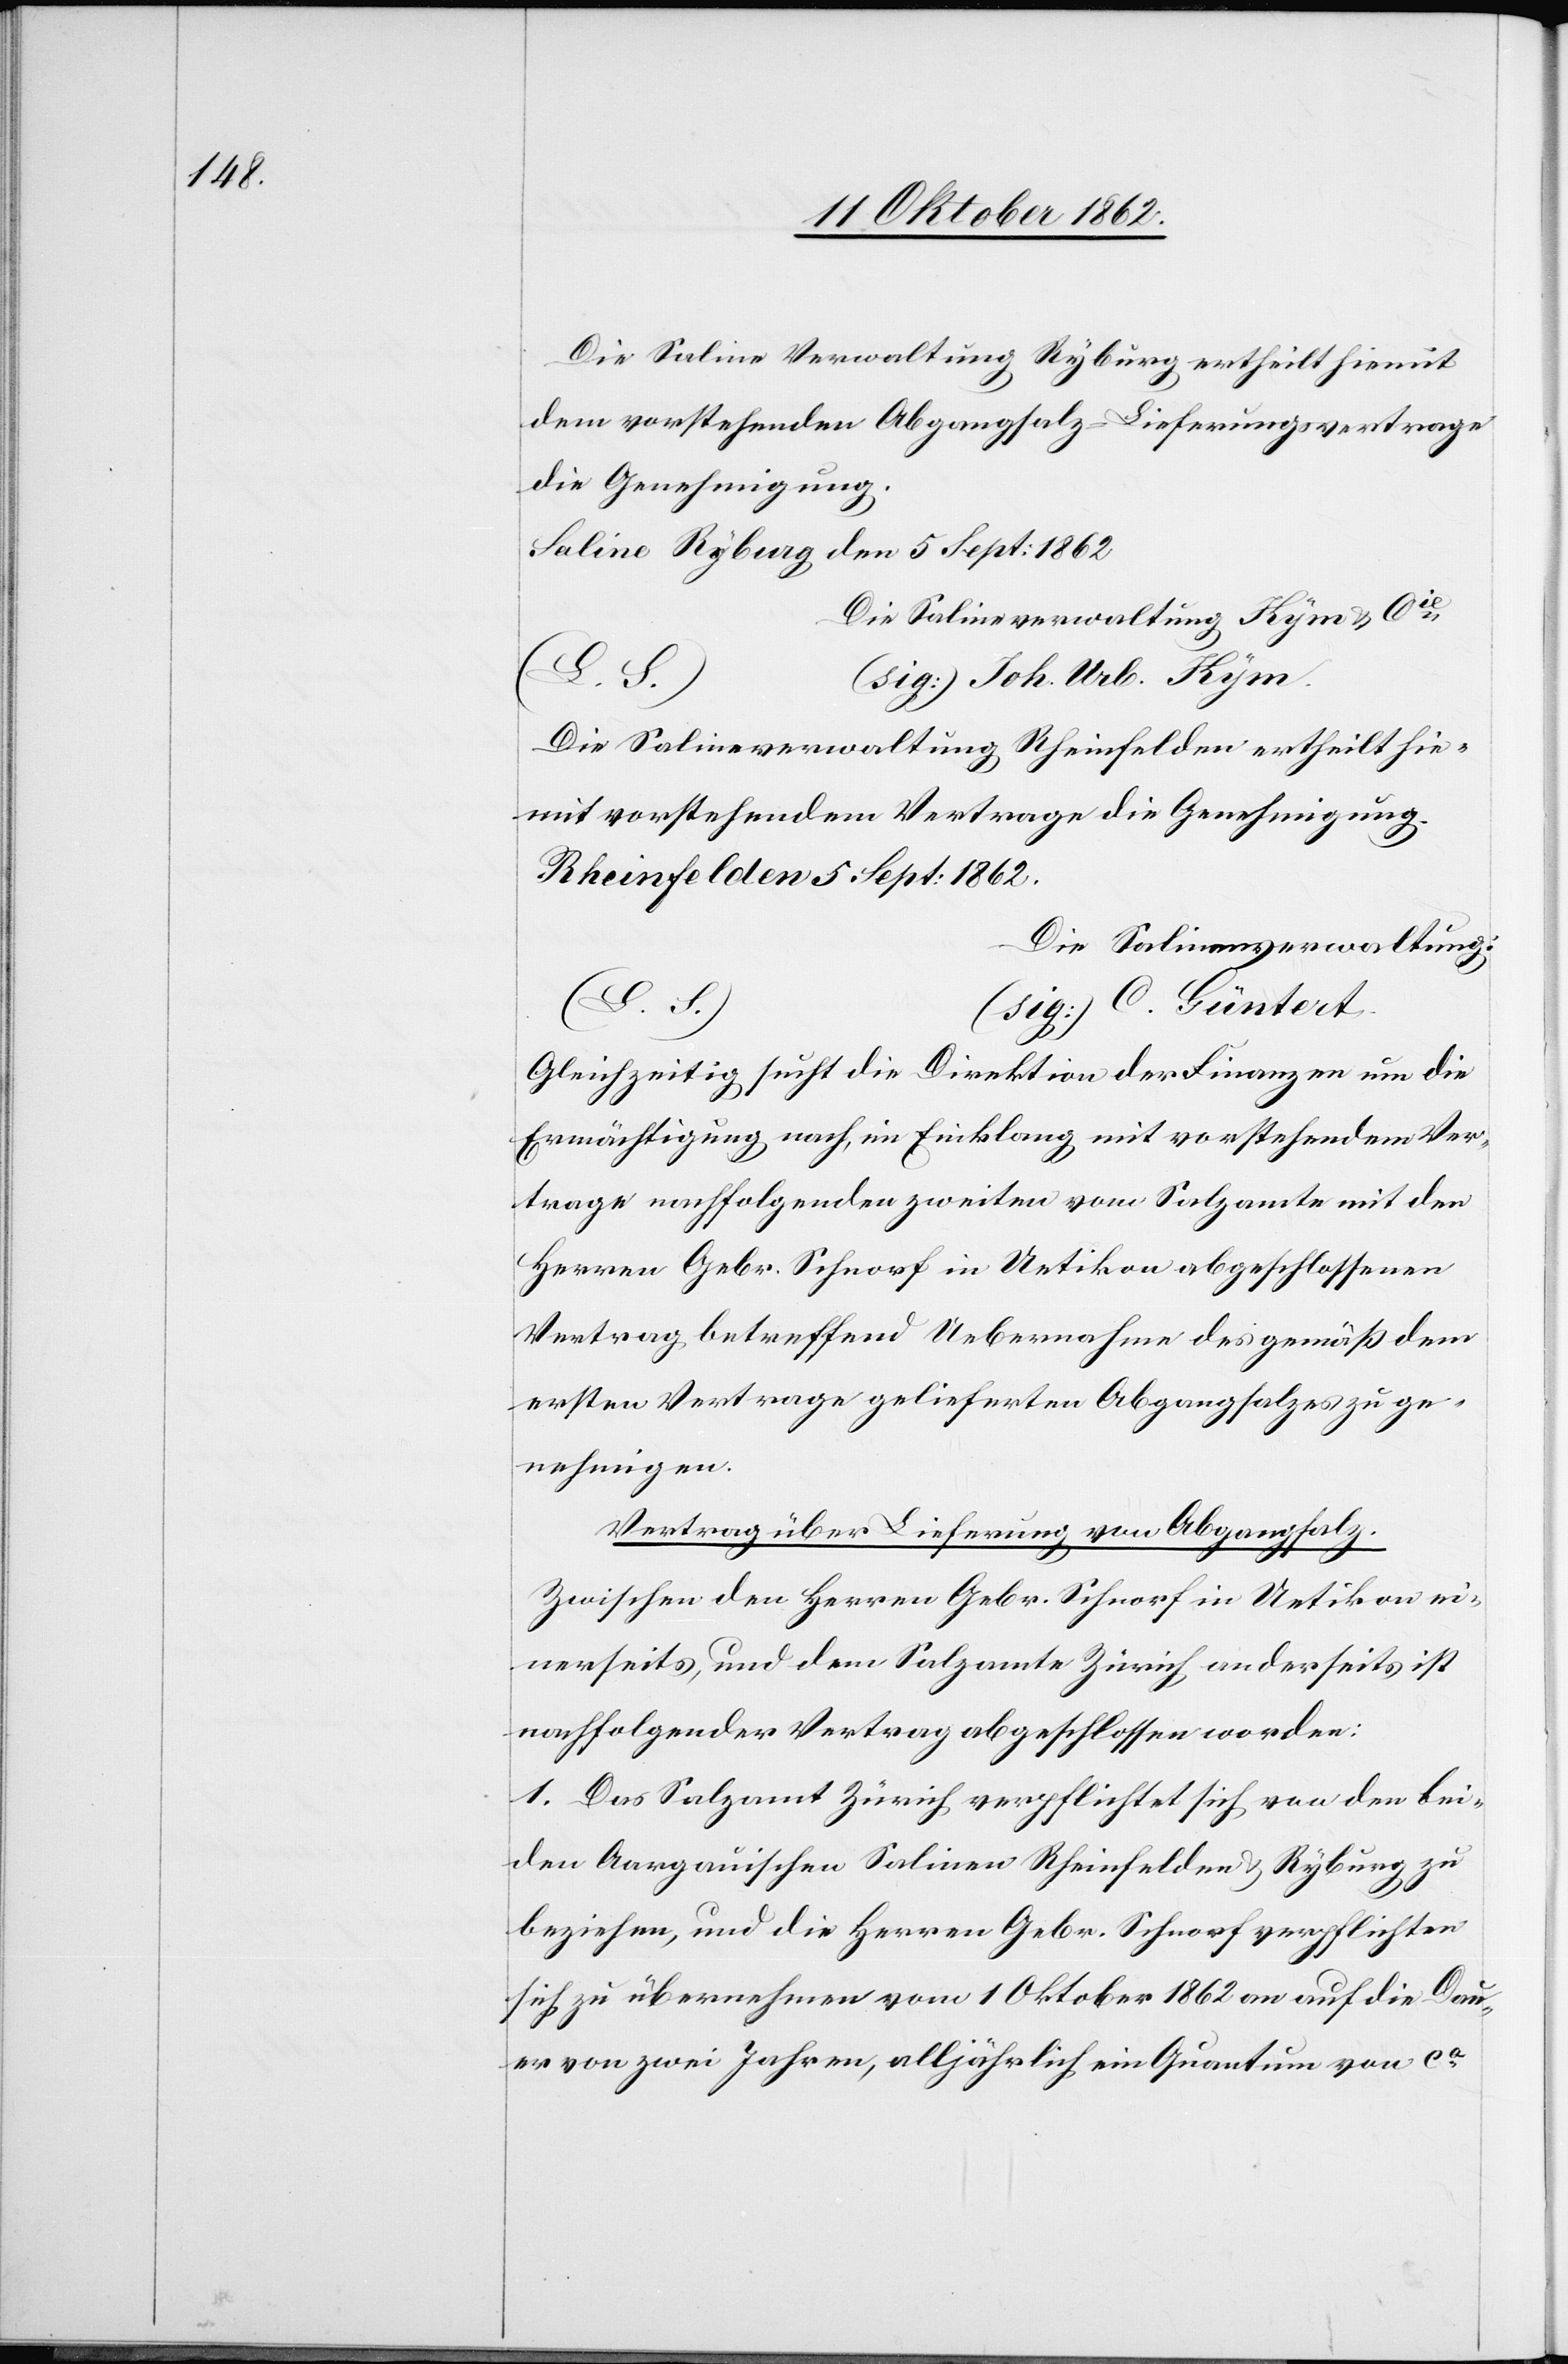
Die Saline Verwaltung Ryburg ertheilt hiemit
dem vorstehenden Abgangsalz-Lieferungsvertrage
die Genehmigung.
Saline Ryburg den 5. Sept: 1862.
Die Salinenverwaltung Kym u. Cie
Güntert.
Die Salinenverwaltung Rheinfelden ertheilt hier¬
mit vorstehendem Vertrage die Genehmigung.
Rheinfelden [den] 5. Sept. 1862.
Die Salinenverwaltung:
Gleichzeitig sucht die Direktion der Finanzen um die
Ermächtigung nach, im Einklang mit vorstehendem Ver¬
trage nachfolgenden zweiten vom Salzamte mit den
Herren Gebr. Schnorf in Uetikon abgeschlossenen
Vertrag betreffend Uebernahme des gemäß dem
ersten Vertrage gelieferten Abgangsalzes zu ge¬
nehmigen.
Vertrag über die Lieferung von Abgangsalz.
Zwischen den Herren Gebr. Schnorf in Uetikon ei¬
nerseits, und dem Salzamte Zürich anderseits ist
nachfolgender Vertag abgeschlossen worden:
1. Das Salzamt Zürich verpflichtet sich von den bei¬
den Aargauischen Salinen Rheinfelden u. Ryburg zu
beziehen, und die Herren Gebr. Schnorf verpflichten
sich zu übernehmen vom 1. Oktober 1862 an auf die Dau¬
er von zwei Jahren, alljährlich ein Quantum von ca